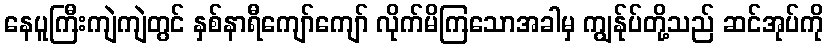
နေပူကြီးကျဲကျဲတွင် နှစ်နာရီကျော်ကျော် လိုက်မိကြသောအခါမှ ကျွန်ုပ်တို့သည် ဆင်အုပ်ကို